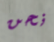
نحن